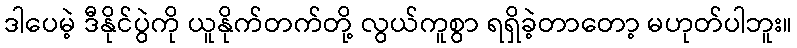
ဒါပေမဲ့ ဒီနိုင်ပွဲကို ယူနိုက်တက်တို့ လွယ်ကူစွာ ရရှိခဲ့တာတော့ မဟုတ်ပါဘူး။